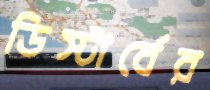
ডিস্টার্বের